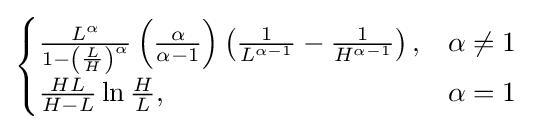
{\begin{cases}{\frac {L^{\alpha }}{1-\left({\frac {L}{H}}\right)^{\alpha }}}\left({\frac {\alpha }{\alpha -1}}\right)\left({\frac {1}{L^{\alpha -1}}}-{\frac {1}{H^{\alpha -1}}}\right),&\alpha \neq 1\\{\frac {{H}{L}}{{H}-{L}}}\ln {\frac {H}{L}},&\alpha =1\end{cases}}